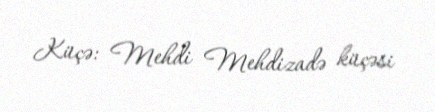
Küçə: Mehdi Mehdizadə küçəsi